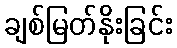
ချစ်မြတ်နိုးခြင်း